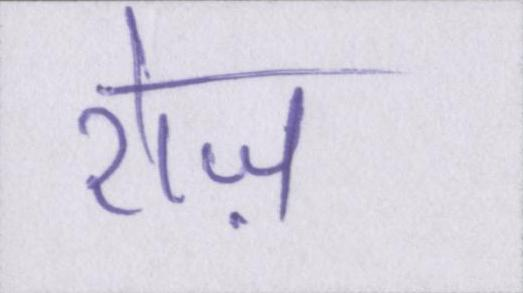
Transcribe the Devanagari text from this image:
रोज़